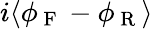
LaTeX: i\langle\phi_{\mathrm{~F~}}-\phi_{\mathrm{~R~}}\rangle